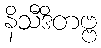
နိသီဒိတဗ္ဗ